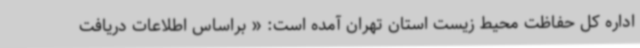
اداره کل حفاظت محیط زیست استان تهران آمده است: « براساس اطلاعات دریافت